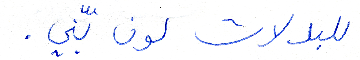
للبدلات لون بنّي.